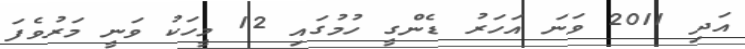
އަދި 2011 ވަނަ އަހަރު ޑެންގީ ހުމުގައި 12 މީހަކު ވަނީ މަރުވެފަ